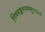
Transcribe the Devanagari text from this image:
शिवसङ्कल्पमस्तु॥३॥